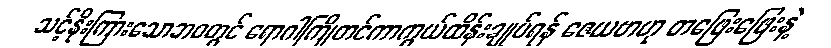
သင့်နိုးကြားသောဘဝတွင် ရောဂါကြိုတင်ကာကွယ်ထိန်းချုပ်ရန် ဇေယဗာဟု တဖြေးဖြေးနဲ့